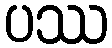
ပဿ